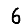
Digit: 6